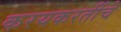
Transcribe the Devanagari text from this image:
करयकरतींचे